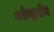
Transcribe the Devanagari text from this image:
नरेन्द्रसेन